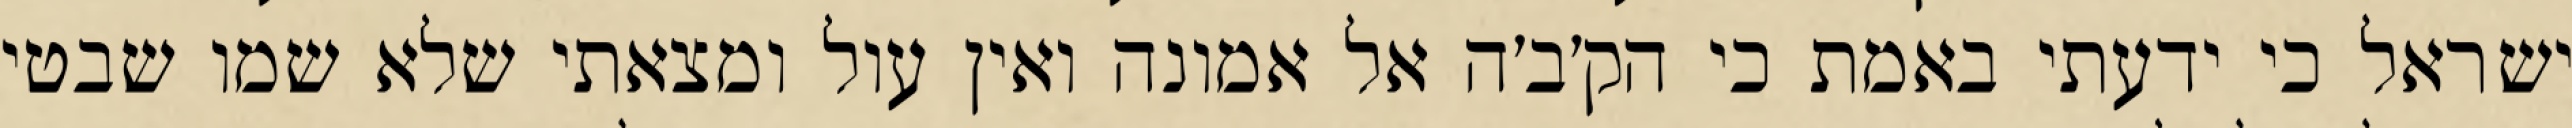
ישראל כי ידעתי באמת כי הק׳ב׳ה אל אמונה ואין עול ומצאתי שלא שמו שבטי